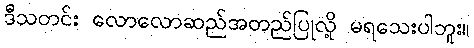
ဒီသတင်း လောလောဆည်အတည်ပြုလို့ မရသေးပါဘူး။